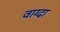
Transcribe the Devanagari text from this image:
वाग्दा